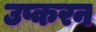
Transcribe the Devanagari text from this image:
उप्करन